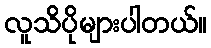
လူသိပိုများပါတယ်။